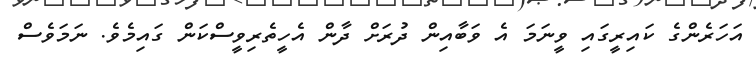
އަހަރެންގެ ކައިރީގައި ވީނަމަ އެ ވަބާއިން ދުރަށް ދާން އެހީތެރިވީސްކަން ގައިމެވެ. ނަމަވެސް